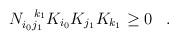
LaTeX: \begin{align*}N_{i_0j_1}^{\;\;\;k_1}K_{i_0} K_{j_1} K_{k_1} \geq 0 \;\;\; .\end{align*}